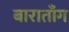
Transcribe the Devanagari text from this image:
बाराताँग